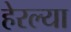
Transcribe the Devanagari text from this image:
हेरल्या